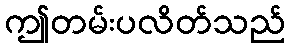
ဤတမ်းပလိတ်သည်